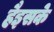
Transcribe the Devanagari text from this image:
हैइसके